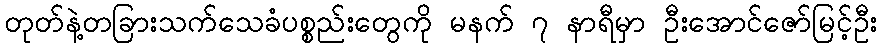
တုတ်နဲ့တခြားသက်သေခံပစ္စည်းတွေကို မနက် ၇ နာရီမှာ ဦးအောင်ဇော်မြင့်ဦး